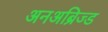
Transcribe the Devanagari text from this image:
अनअब्रिज्ड